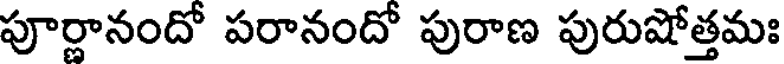
పూర్ణానందో పరానందో పురాణ పురుషోత్తమః